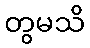
တွမသိ